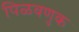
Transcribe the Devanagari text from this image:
पिळवणुक